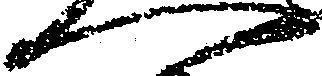
へ